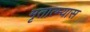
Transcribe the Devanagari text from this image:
मृतात्म्यास